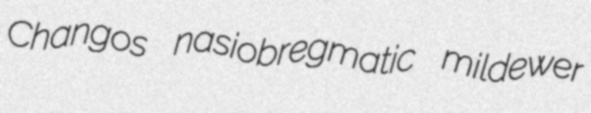
Changos nasiobregmatic mildewer